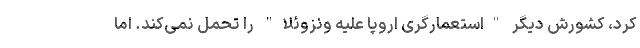
کرد، کشورش دیگر "استعمارگری اروپا علیه ونزوئلا" را تحمل نمی‌کند. اما